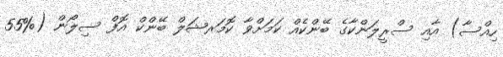
ހިއްސާ) އާއި ސްރީލަންކާގެ ބޭންކެއް ކަމަށްވާ ކޮމަރޝަލް ބޭންކް އޮފް ސިލޯން (%55